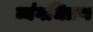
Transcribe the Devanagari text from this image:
व्यंगचित्रण